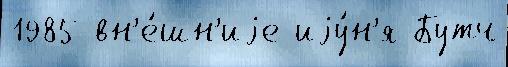
1985 вн'е́шн'иjе иjу́н'я Бутч